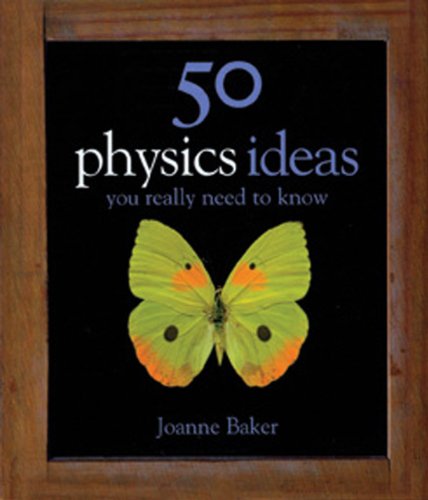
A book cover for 50 Physics Ideas You Really Need To Know (50 ideas); Joanne Baker; Science & Math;